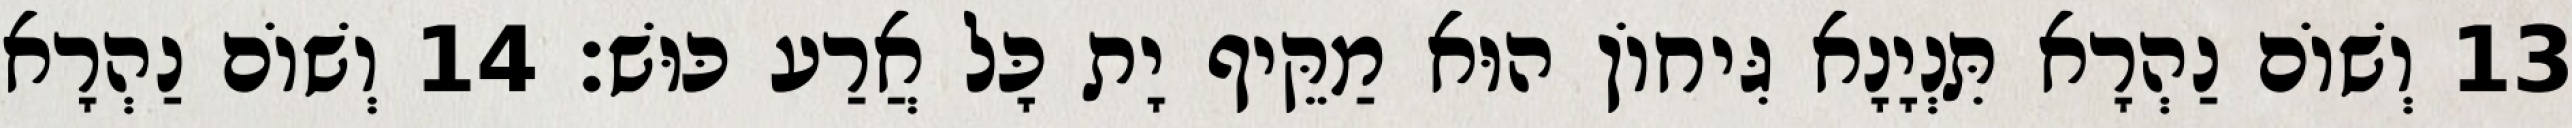
13 וְשׁוֹם נַהְרָא תִּנְיָנָא גִּיחוֹן הוּא מַקֵּיף יָת כָּל אֲרַע כּוּשׁ׃ 14 וְשׁוֹם נַהְרָא